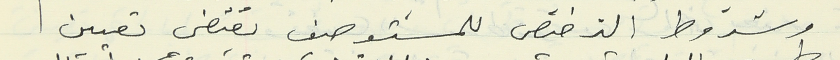
وشروط الترخيص للمستوصف يقتضي تعيين